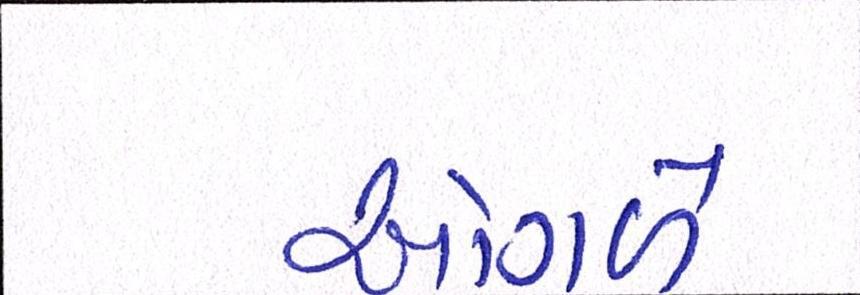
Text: ઓગળે